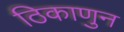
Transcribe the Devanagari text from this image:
ठिकाणुन